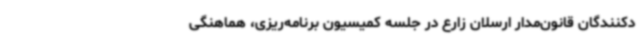
دکنندگان قانون‌مدار ارسلان زارع در جلسه کمیسیون برنامه‌ریزی، هماهنگی